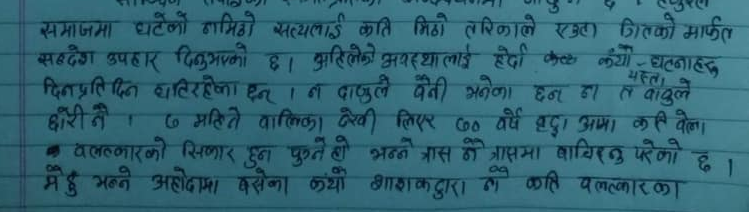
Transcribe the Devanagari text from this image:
समाजमा घटेको गम्भीर सत्यलाई कति मिठो तरिकाले एउटा चित्को मार्फत्
सन्देश उपहार दिनुभएको छ । अहिलेको अवस्थालाई हेर्दा कयौँ - घटनाहरु
दिनप्रतिदिन घतिरहेका छन् । न दाजुले बैनी भनेका छन् न त बाबुले
छोरीनै । ७० महिनाकी बालिका देखी ८० वर्ष बुढा आमा केही बेला
बलात्कारको शिकार हुन पुगेको हो भन्ने त्रास नै त्रासमा बाचिरहनु परेको छ ।
मै हु भन्ने अहंगमा बसेका कयौँ शासकद्वारा नै कति बलात्कारका